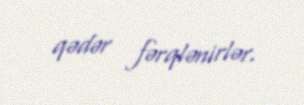
qədər fərqlənirlər.